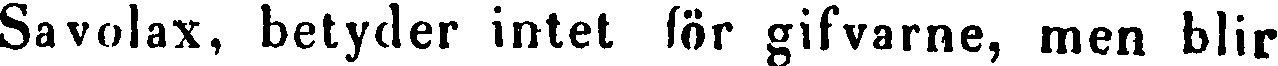
Savolax, betyder intet för gifvarne, men blir